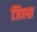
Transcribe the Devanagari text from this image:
जिल्स